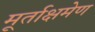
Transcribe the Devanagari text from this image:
मूर्ताक्षमेण